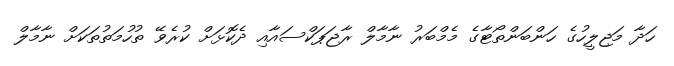
ހަދާ މަޖިލީހުގެ ހަންބަންތޯޓާގެ މެމްބަރު ނާމާލް ރާޖަޕަކްސައާއި ދެކޮޅަށް ކުރެވޭ ތުހުމަތުތަކަށް ނާމާލް